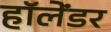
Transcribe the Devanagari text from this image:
हॉलेंडर